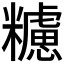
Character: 𥽜